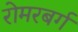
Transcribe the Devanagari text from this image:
रोमरबर्ग